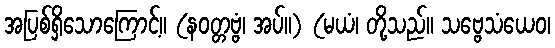
အပြစ်ရှိသောကြောင့်။ (နဝတ္တဗ္ဗံ၊ အပ်။) (မယံ၊ တို့သည်။ သဗ္ဗေသံယေဝ၊